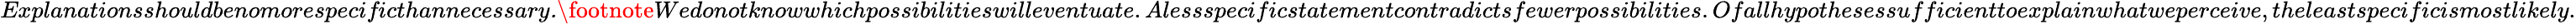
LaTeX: \textit{Explanationsshouldbenomorespecificthannecessary.}\footnote{Wedonotknowwhichpossibilitieswilleventuate.Alessspecificstatementcontradictsfewerpossibilities.Ofallhypothesessufficienttoexplainwhatweperceive,theleastspecificismostlikely.}